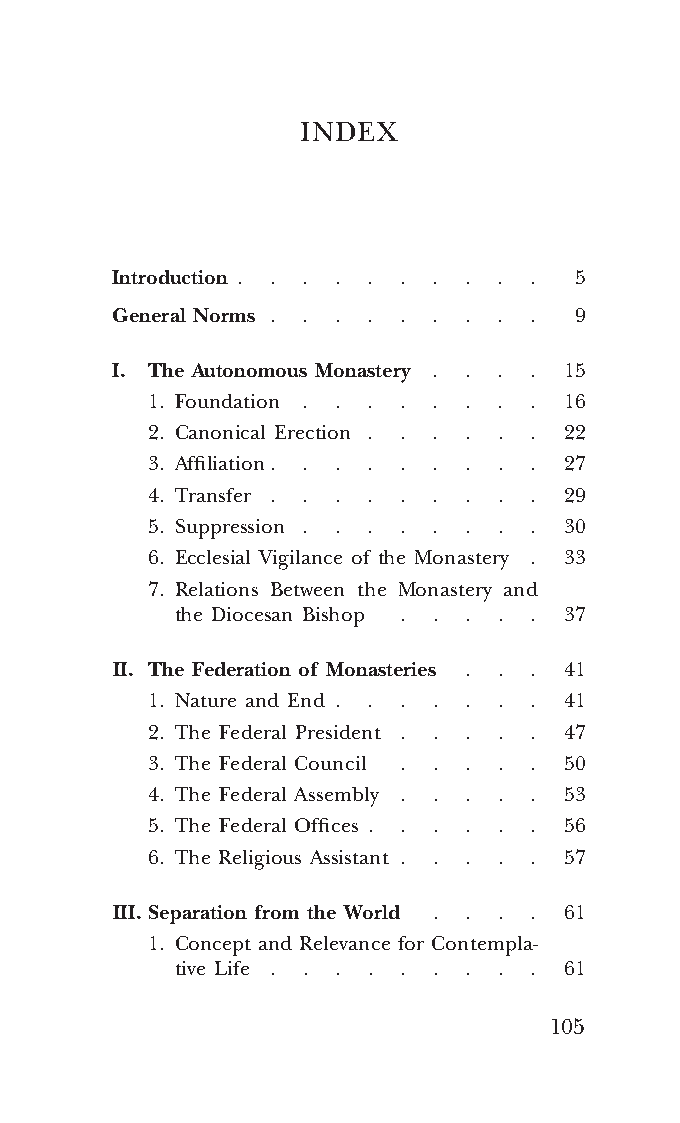
COR ORANS – NUOVO FORMATO – INGLESE 2ª BOZZA – 24 maggio 2018 – 11:12
 INDEX
 Introduction . . . . . . . . . . 5
 General Norms . . . . . . . . . 9
 I. The Autonomous Monastery . . . . 15
 1. Foundation . . . . . . . . 16
 2. Canonical Erection . . . . . . 22
 3. Affiliation. . . . . . . . . 27
 4. Transfer . . . . . . . . . 29
 5. Suppression . . . . . . . . 30
 6. Ecclesial Vigilance of the Monastery . 33
 7. Relations Between the Monastery and 00
 the Diocesan Bishop . . . . . 37
 II. The Federation of Monasteries . . . 41
 1. Nature and End . . . . . . . 41
 2. The Federal President . . . . . 47
 3. The Federal Council . . . . . 50
 4. The Federal Assembly . . . . . 53
 5. The Federal Offices . . . . . . 56
 6. The Religious Assistant . . . . . 57
 III. Separation from the World . . . . 61
 1. Concept and Relevance for Contempla- 00
 tive Life . . . . . . . . . 61
 105